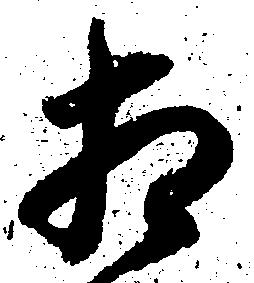
相